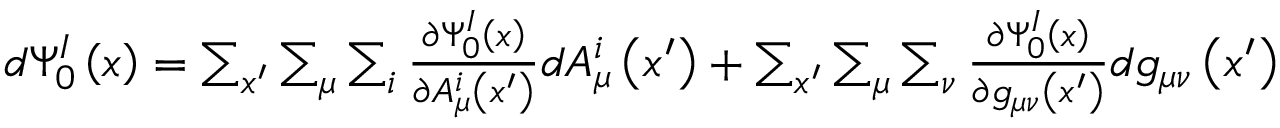
\begin{array} { r } { d \Psi _ { 0 } ^ { I } \left( x \right) = \sum _ { x ^ { \prime } } \sum _ { \mu } \sum _ { i } \frac { \partial \Psi _ { 0 } ^ { I } \left( x \right) } { \partial A _ { \mu } ^ { i } \left( x ^ { \prime } \right) } d A _ { \mu } ^ { i } \left( x ^ { \prime } \right) + \sum _ { x ^ { \prime } } \sum _ { \mu } \sum _ { \nu } \frac { \partial \Psi _ { 0 } ^ { I } \left( x \right) } { \partial g _ { \mu \nu } \left( x ^ { \prime } \right) } d g _ { \mu \nu } \left( x ^ { \prime } \right) } \end{array}